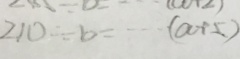
2 1 0 \div b = \cdots ( a + 5 )